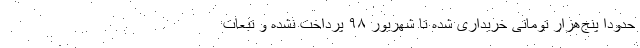
حدوداً پنج‌هزار تومانی خریداری ‌شده تا شهریور ۹۸ پرداخت نشده و تبعات